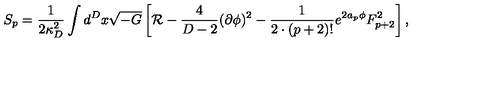
S _ { p } = { \frac { 1 } { 2 \kappa _ { D } ^ { 2 } } } \int d ^ { D } x \sqrt { - G } \left[ { \cal R } - { \frac { 4 } { D - 2 } } ( \partial \phi ) ^ { 2 } - { \frac { 1 } { 2 \cdot ( p + 2 ) ! } } e ^ { 2 a _ { p } \phi } F _ { p + 2 } ^ { 2 } \right] ,